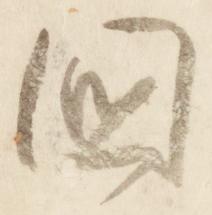
国